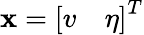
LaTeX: \mathbf{x}=\left[\begin{array}{ll}{v}&{\eta}\end{array}\right]^{T}